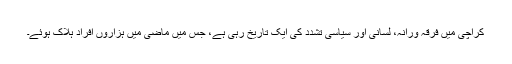
کراچی میں فرقہ ورانہ، لسانی اور سیاسی تشدد کی ایک تاریخ رہی ہے، جس میں ماضی میں ہزاروں افراد ہلاک ہوئے۔